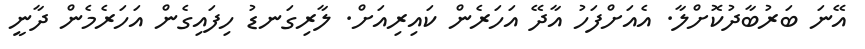
އޭނަ ބަރުބާދުކޮށްލާ. އެއަށްފަހު އާދޭ އަހަރެން ކައިރިއަށް. ލާރިގަނޑު ހިފައިގެން އަހަރެމެން ދާނީ